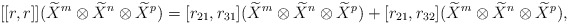
\begin{align*}[[r,r]](\widetilde{X}^{m}\otimes \widetilde{X}^{n}\otimes \widetilde{X}^{p})=[r_{21},r_{31}](\widetilde{X}^{m}\otimes \widetilde{X}^{n}\otimes \widetilde{X}^{p})+[r_{21},r_{32}](\widetilde{X}^{m}\otimes \widetilde{X}^{n}\otimes \widetilde{X}^{p}),\end{align*}